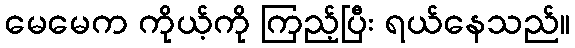
မေမေက ကိုယ့်ကို ကြည့်ပြီး ရယ်နေသည်။